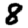
Digit: 8